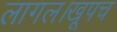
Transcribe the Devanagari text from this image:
लागल।खूपच